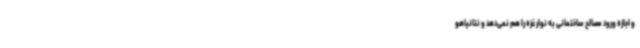
و اجازه ورود مصالح ساختمانی به نوار غزه را هم نمی‌دهد و نتانیاهو